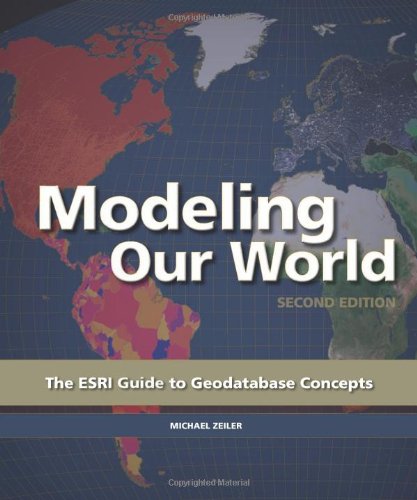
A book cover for Modeling Our World: The ESRI Guide to Geodatabase Concepts; Michael Zeiler; Computers & Technology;